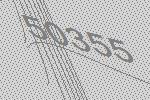
50355